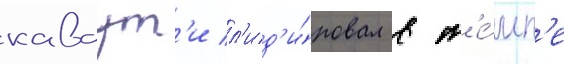
каваут'и л'ид'и́ровал в т'е́мп'е